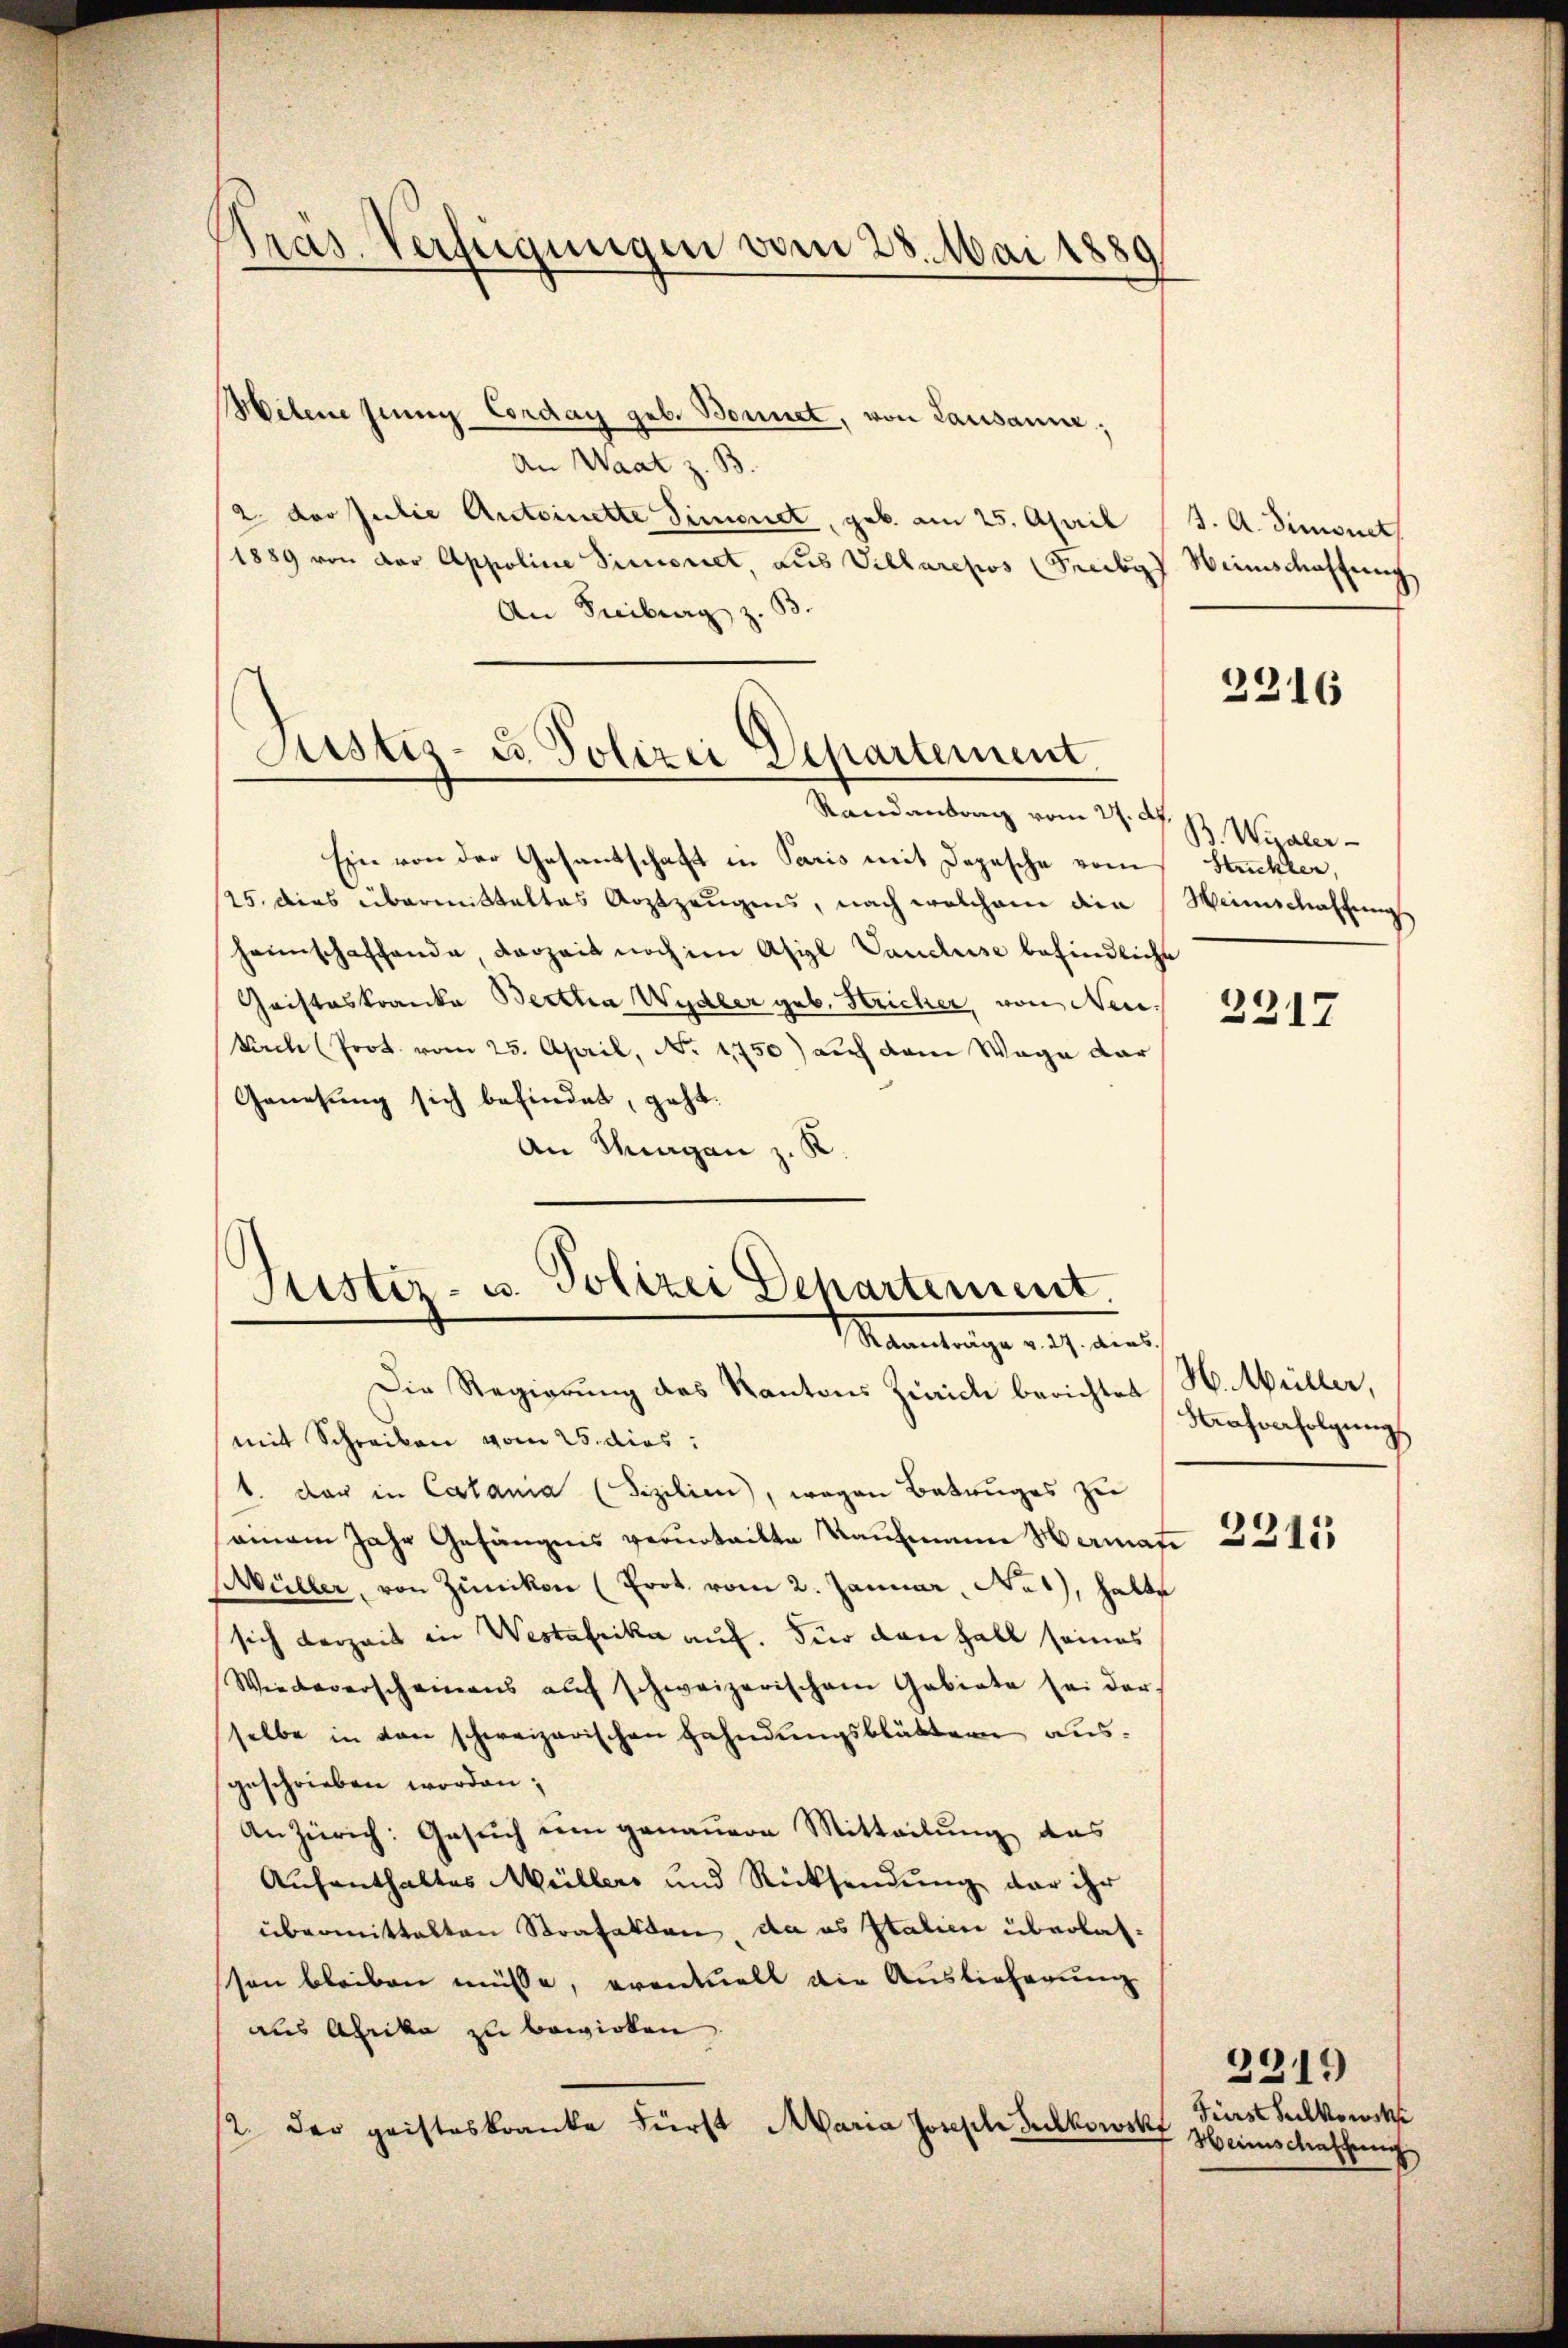
Präs. Verfügungen vom 28. Mai 1889

Melene jenig Conday geb. Bonnet, von Lausanne;
An Waat z. B.
2. der Julie Antoinette Simonet, geb. am 25. April (J. A. Simonet
1889 von der Appoline Dimisriet aus Villarepos (Freibes Weinschaffung
An Freiburg z. B.
Randantorg vom 27. N. B. Willer
Ein von der Gesantschaft in Paris mit Depesche vom Struckler,
25. dies übermittaltes Arztzeŭgens, nach welchem die Weinschaffung
heimschaffende, derzeit noch im Asigl Vaucluise befindliche
Cristeskranke Berttia Wydler geb. Stricher, von Neukirch (Prot. vom 25. April, No. 1750) auch dem Wage dar
Genesung sich befindet, geht.
An Thurgan z. K

Justiz- u. Polizei Departement.

Fister- u. Polizei Dchartement.
Meantrage erst dies
Die Regierung des Kantons Zürich berichtet H. Müller,

mit Schreiben vom 25. dies:
1. der in Calania (Fizilien), wegen Betruges zu
seinem Jahr Gefängnis verurteilte Kaufmann Herman
Müller, von Zünikon (Prot. vom 2. Januar, No 1), halte
sich derzeit in Westafrika auf. Für den Fall seines
Wiedererscheinens auf schweizerischem Gebiete sei der
selbe in den schweizerischen Fahndungsblättern ausgeschrieben worden;
An Zürich: Gesuch um genauere Mitteilung das
Aufenthaltes Müllers und Rücksendung der ihr
übermittalten Strafatten, da es Italien überlasson bleiben müsse, eventuell die Auslieferung
aus Abrika zu bewirken.
2. der geisteskranke Fürst Maria Joseph Bukowsk

2216

2217

Nrafverfolgung

2211

2219
Fürst Seelkowsk
Heinschaffung